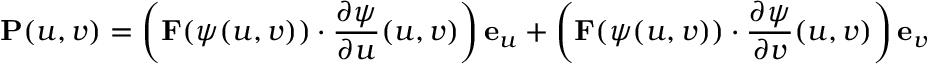
\mathbf { P } ( u , v ) = \left( \mathbf { F } ( { \boldsymbol { \psi } } ( u , v ) ) \cdot { \frac { \partial { \boldsymbol { \psi } } } { \partial u } } ( u , v ) \right) \mathbf { e } _ { u } + \left( \mathbf { F } ( { \boldsymbol { \psi } } ( u , v ) ) \cdot { \frac { \partial { \boldsymbol { \psi } } } { \partial v } } ( u , v ) \right) \mathbf { e } _ { v }